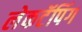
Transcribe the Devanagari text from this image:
लेकटॅपिंग